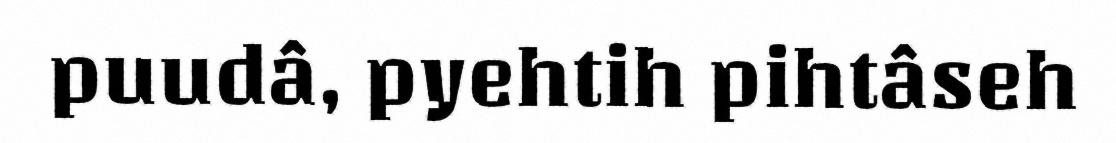
puudâ, pyehtih pihtâseh